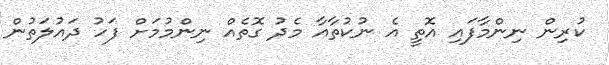
ކުރިން ނިންމާފައި އޮތީ އެ ނުކުތާއާ މެދު ގޮތެއް ނިންމުމަށް ފަހު ދައުލަތުން